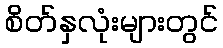
စိတ်နှလုံးများတွင်